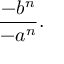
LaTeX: { \frac { - b ^ { n } } { - a ^ { n } } } .